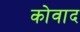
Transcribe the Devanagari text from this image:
कोवाद